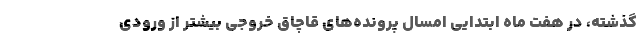
گذشته، در هفت ماه ابتدایی امسال پرونده‌های قاچاق خروجی بیشتر از ورودی